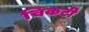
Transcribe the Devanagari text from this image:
चिकटी